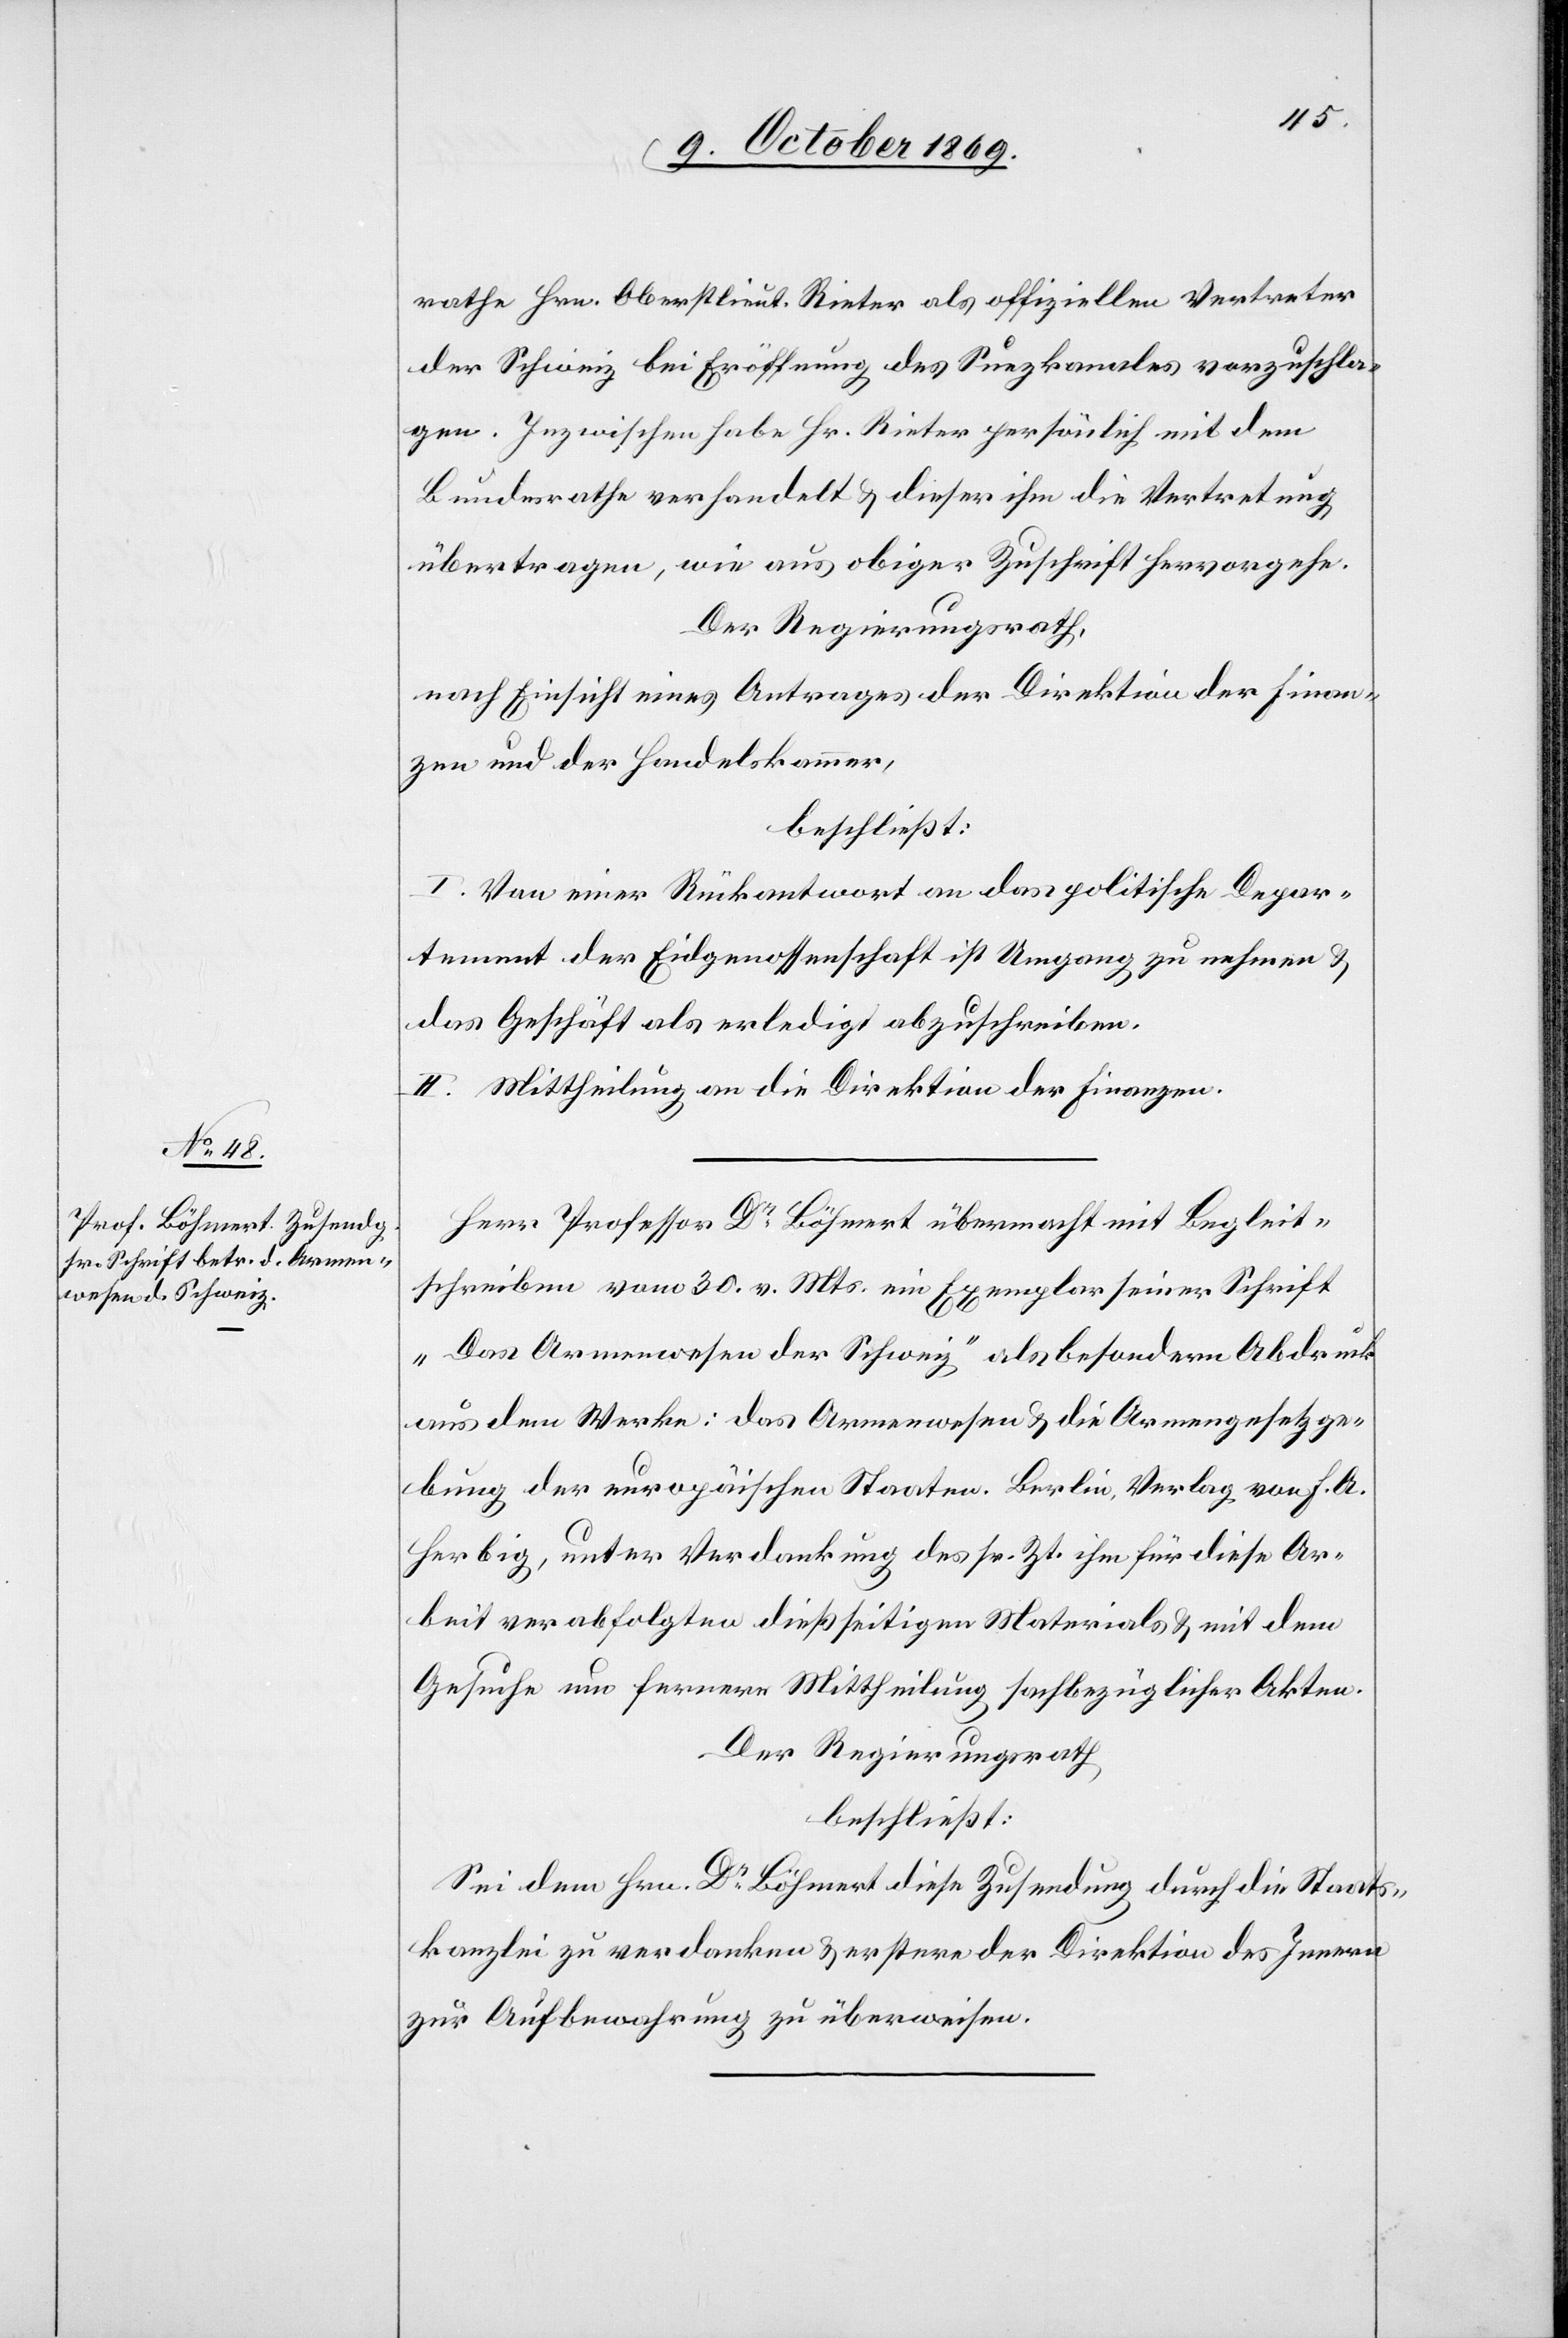
rathe Hrn. Oberstlieut. Rieter als offiziellen Vertreter
der Schweiz bei Eröffnung des Suezkanales vorzuschla¬
gen. Inzwischen habe Hr. Rieter persönlich mit dem
Bundesrathe verhandelt & dieser ihm die Vertretung
übertragen, wie aus obiger Zuschrift hervorgehe.
Der Regierungsrath,
nach Einsicht eines Antrages der Direktion der Finan¬
zen und der Handelskammer,
beschließt:
I. Von einer Rückantwort an das politische Depar¬
tement der Eidgenossenschaft ist Umgang zu nehmen &
das Geschäft als erledigt abzuschreiben.
II. Mittheilung an die Direktion der Finanzen.
Herr Professor Dr Böhmert übermacht mit Begleit¬
schreiben vom 30. v. Mts. ein Exemplar seiner Schrift
„Das Armenwesen der Schweiz“ als besondern Abdruck
aus dem Werke: Das Armenwesen & die Armengesetzge¬
bung der europäischen Staaten. Berlin, Verlag von F. A.
Herbig, unter Verdankung des sr. Zt. ihm für diese Ar¬
beit verabfolgten dießseitigen Materials & mit dem
Gesuche um fernere Mittheilung sachbezüglicher Akten.
Der Regierungsrath
beschließt:
Sei dem Hrn. Dr Böhmert diese Zusendung durch die Staats¬
kanzlei zu verdanken & erstere der Direktion des Innern
zur Aufbewahrung zu überweisen.